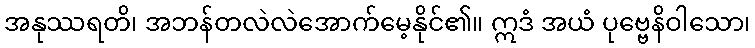
အနုဿရတိ၊ အဘန်တလဲလဲအောက်မေ့နိုင်၏။ ဣဒံ အယံ ပုဗ္ဗေနိဝါသော၊